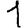
Digit: 1